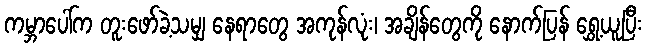
ကမ္ဘာပေါ်က တူးဖော်ခဲ့သမျှ နေရာတွေ အကုန်လုံး၊ အချိန်တွေကို နောက်ပြန် ရွှေ့ယူပြီး